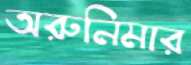
অরুনিমার